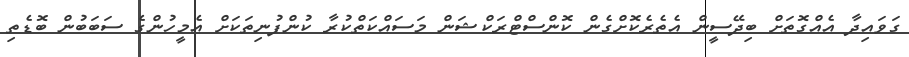
ގަވައިދާ އެއްގޮތަށް ބިދޭސީން އެތެރެކޮށްގެން ކޮންސްޓްރަކްޝަން މަސައްކަތްކުރާ ކުންފުނިތަކަށް އެމީހުންގެ ސަބަބުން ބޮޑެތި